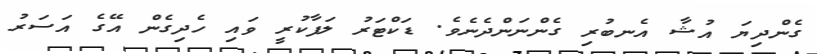
ގެންދިޔަ އުޝާ އެނބުރި ގެންނަންދެނެވެ. ޑަކްޓަރު ލަފާކުރީ ވައި ހެދިގެން އޭގެ އަސަރު